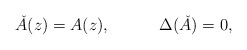
\begin{align*} {\check A}(z) =A(z),~~~~~~~~~\Delta(\check A)=0,\end{align*}